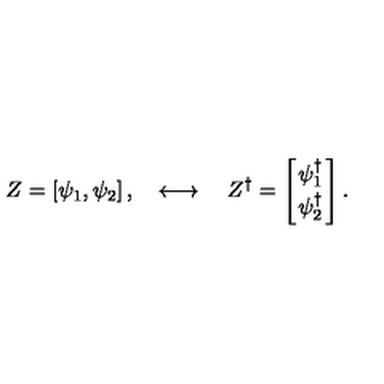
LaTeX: Z = \left[ \psi _ { 1 } , \psi _ { 2 } \right] , \quad \longleftrightarrow \quad Z ^ { \dagger } = \left[ { \psi _ { 1 } ^ { \dagger } \atop \psi _ { 2 } ^ { \dagger } } \right] .